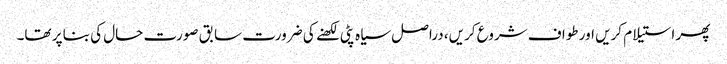
پھر استیلام کریں اور طواف شروع کریں، دراصل سیاہ پٹی لکھنے کی ضرورت سابق صورت حال کی بنا پر تھا۔